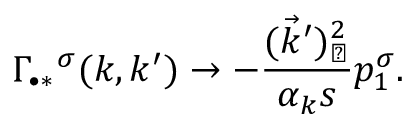
\Gamma _ { \bullet \ast } ^ { ~ ~ \sigma } ( k , k ^ { \prime } ) \rightarrow - { \frac { ( \vec { k } ^ { \prime } ) _ { \perp } ^ { 2 } } { \alpha _ { k } s } } p _ { 1 } ^ { \sigma } .